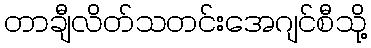
တာချီလိတ်သတင်းအေဂျင်စီသို့